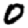
Digit: 0